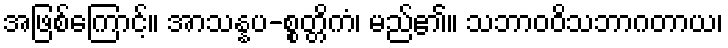
အဖြစ်ကြောင့်။ အာသန္နပ-စ္စတ္တိကံ၊ မည်၏။ သဘာဝဝိသဘာဂတာယ၊